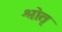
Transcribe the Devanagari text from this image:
श्रोतृ